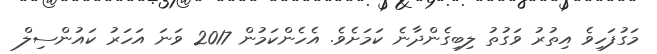
މަގުފަހިވެ އިތުރު ވަގުތު ލިބިގެންދާނެ ކަމަށެވެ. އެހެންކަމުން 2017 ވަނަ އަހަރު ކައުންސިލް